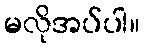
မလိုအပ်ပါ။